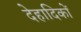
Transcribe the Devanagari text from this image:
देहादिकों